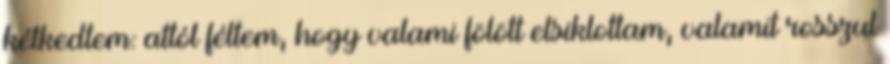
kétkedtem: attól féltem, hogy valami fölött elsiklottam, valamit rosszul